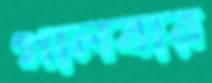
গালবার